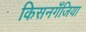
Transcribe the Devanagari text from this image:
किसनगॅँजिया